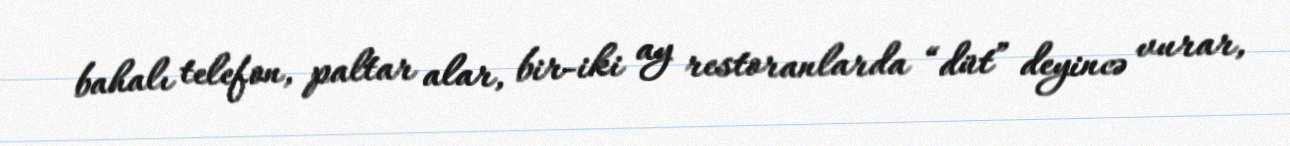
bahalı telefon, paltar alar, bir-iki ay restoranlarda “düt” deyincə vurar,